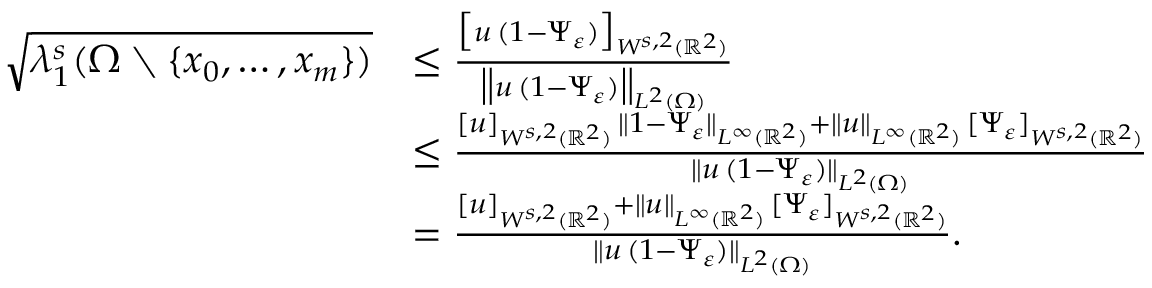
\begin{array} { r l } { \sqrt { \lambda _ { 1 } ^ { s } ( \Omega \setminus \{ x _ { 0 } , \dots , x _ { m } \} ) } } & { \le \frac { \big [ u \, ( 1 - \Psi _ { \varepsilon } ) \big ] _ { W ^ { s , 2 } ( \mathbb { R } ^ { 2 } ) } } { \big \| u \, ( 1 - \Psi _ { \varepsilon } ) \big \| _ { L ^ { 2 } ( \Omega ) } } } \\ & { \le \frac { [ u ] _ { W ^ { s , 2 } ( \mathbb { R } ^ { 2 } ) } \, \| 1 - \Psi _ { \varepsilon } \| _ { L ^ { \infty } ( \mathbb { R } ^ { 2 } ) } + \| u \| _ { L ^ { \infty } ( \mathbb { R } ^ { 2 } ) } \, [ \Psi _ { \varepsilon } ] _ { W ^ { s , 2 } ( \mathbb { R } ^ { 2 } ) } } { \| u \, ( 1 - \Psi _ { \varepsilon } ) \| _ { L ^ { 2 } ( \Omega ) } } } \\ & { = \frac { [ u ] _ { W ^ { s , 2 } ( \mathbb { R } ^ { 2 } ) } + \| u \| _ { L ^ { \infty } ( \mathbb { R } ^ { 2 } ) } \, [ \Psi _ { \varepsilon } ] _ { W ^ { s , 2 } ( \mathbb { R } ^ { 2 } ) } } { \| u \, ( 1 - \Psi _ { \varepsilon } ) \| _ { L ^ { 2 } ( \Omega ) } } . } \end{array}